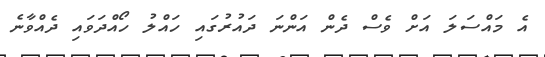
އެ މައްސަލަ އަށް ވެސް ދެން އަންނަ ދައުރުގައި ހައްލު ހޯއްދަވައި ދެއްވާނެ